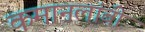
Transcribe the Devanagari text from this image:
कमानलांबी